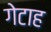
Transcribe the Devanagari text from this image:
गेटाह